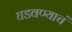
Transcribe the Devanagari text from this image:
घडवण्याचं